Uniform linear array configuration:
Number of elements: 64
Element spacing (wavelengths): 0.75
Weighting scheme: blackman
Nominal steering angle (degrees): -15
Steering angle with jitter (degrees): -15.36
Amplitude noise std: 0.05
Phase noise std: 0.05

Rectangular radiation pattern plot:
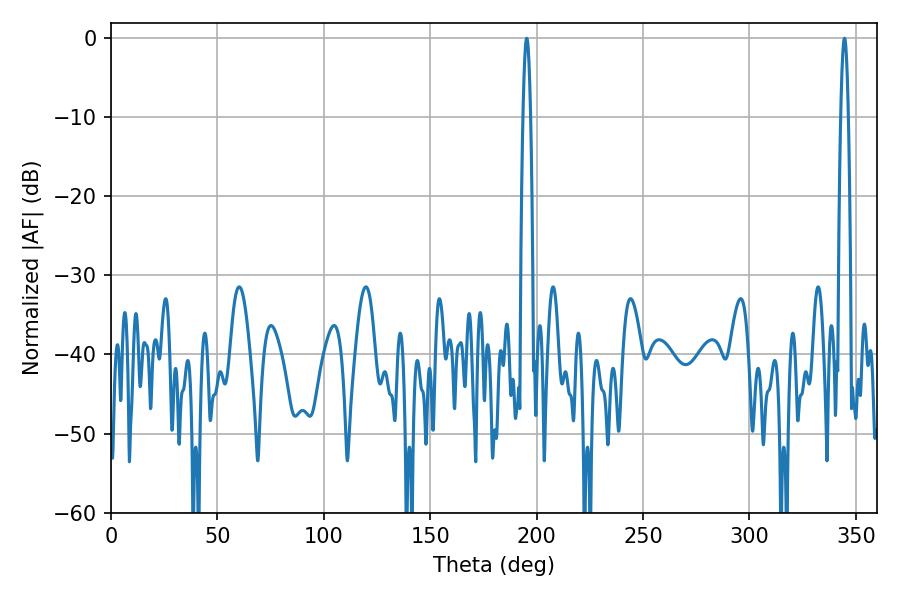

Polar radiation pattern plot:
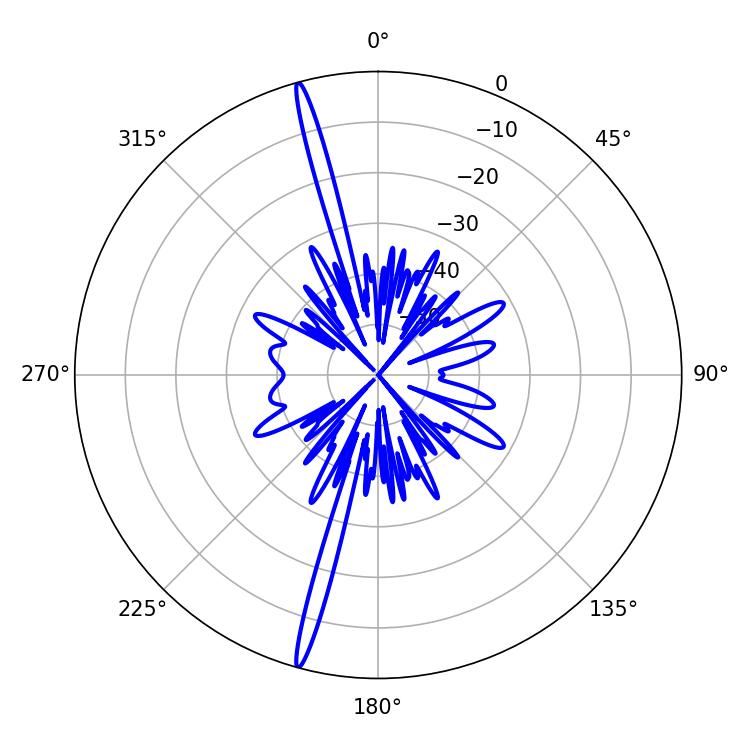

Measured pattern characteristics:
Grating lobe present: TRUE
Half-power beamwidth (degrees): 1.8
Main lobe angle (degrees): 195.3